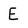
Character: E